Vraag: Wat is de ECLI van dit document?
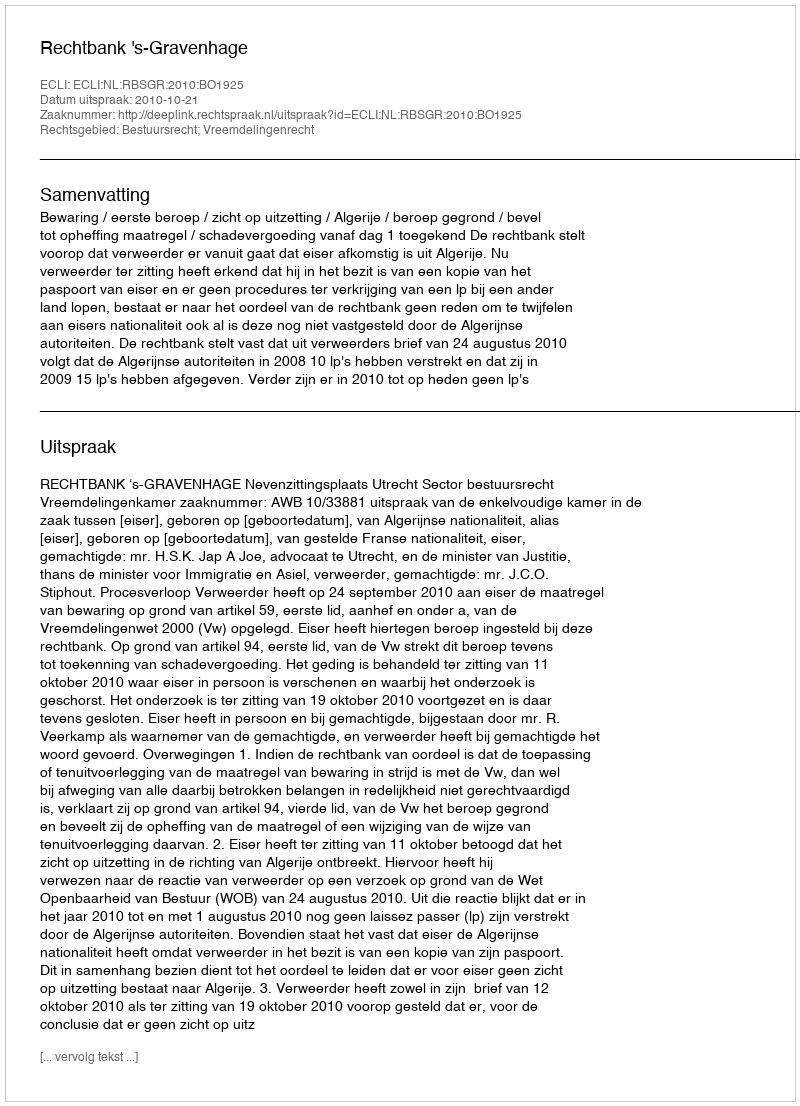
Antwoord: ECLI:NL:RBSGR:2010:BO1925